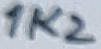
Text: 1K2